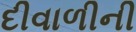
દીવાળીની